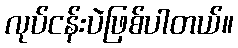
လုပ်ငန်းပဲဖြစ်ပါတယ်။